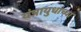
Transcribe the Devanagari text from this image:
यंत्रायुधांच्या